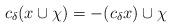
LaTeX: \begin{align*}c_\delta(x\cup\chi)=-(c_\delta x)\cup \chi\end{align*}